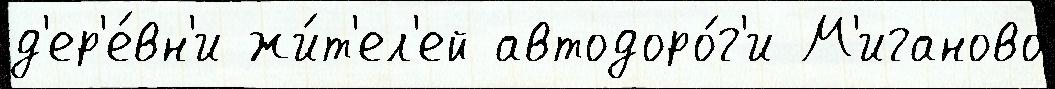
д'ер'е́вн'и жи́т'ел'ей автодоро́г'и М'иганово